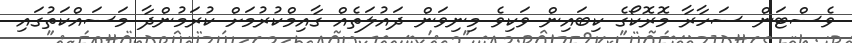
ވެސްޓަން ސަހާރާ މޮރޮކޯގެ ކިބައިން ވަކިވެ މިނިވަން ދައުލަތެއް ގާއިމްކުރުމަށް ކުރަމުންދާ މަސައްކަތުގައި